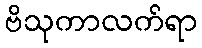
ဗိသုကာလက်ရာ